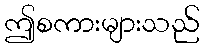
ဤစကားများသည်